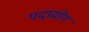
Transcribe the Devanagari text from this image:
पदप्रयोग